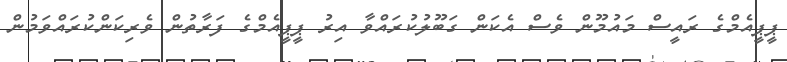
ޕީޕީއެމްގެ ރައީސް މައުމޫން ވެސް އެކަން ގަބޫލުކުރައްވާ އިރު ޕީޕީއެމްގެ ފަރާތުން ވެރިކަންކުރައްވަމުން